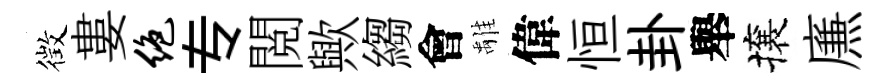
徴婁绝专閲歟縐會𩀌偉恒卦舉攘㢘